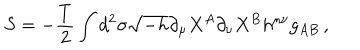
LaTeX: S = - \frac { T } { 2 } \int d ^ { 2 } \sigma \sqrt { - h } \partial _ { \mu } X ^ { A } \partial _ { \nu } X ^ { B } h ^ { \mu \nu } g _ { A B } \, ,